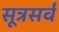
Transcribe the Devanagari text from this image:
सूत्रसर्व